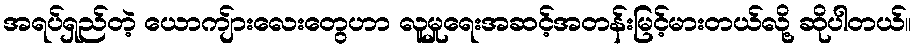
အရပ်ရှည်တဲ့ ယောကျ်ားလေးတွေဟာ လူမှုရေးအဆင့်အတန်းမြင့်မားတယ်လို့ ဆိုပါတယ်။